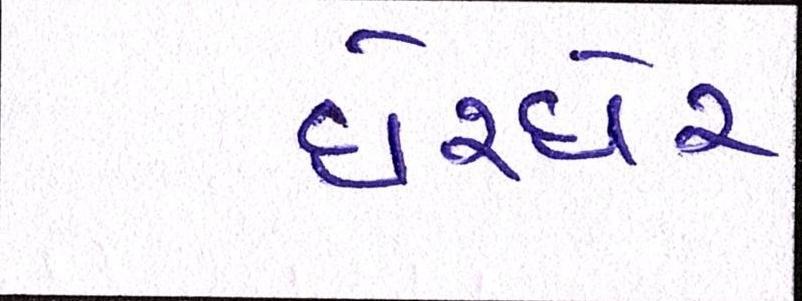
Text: ઘેરઘેર